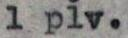
1. plv.